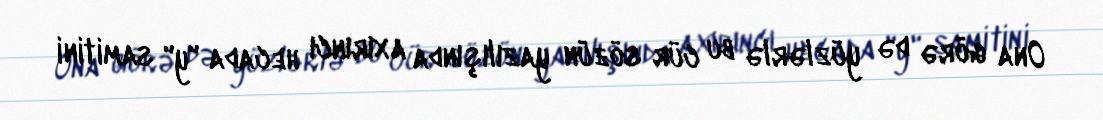
Ona görə də yüzlərlə bu cür sözün yazılışında axırıncı hecada "y" samitini